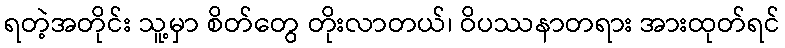
ရတဲ့အတိုင်း သူ့မှာ စိတ်တွေ တိုးလာတယ်၊ ဝိပဿနာတရား အားထုတ်ရင်